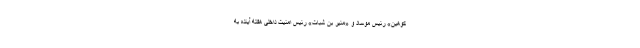
کوهین» رئیس موساد و «مئیر بن شبات» رئیس امنیت داخلی هفته آینده به